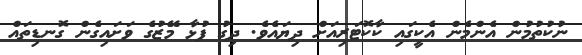
ނުކުތުމުން އެންމެން އެކީގައި ކާކޮޓަރިއަށް ދިޔައެވެ. ދިގު ފުޅާ މޭޒުގެ ވަށައިގެން ގޮނޑިތައް